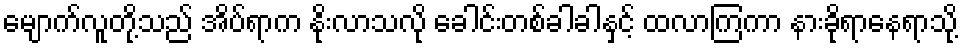
မျောက်လူတို့သည် အိပ်ရာက နိုးလာသလို ခေါင်းတစ်ခါခါနှင့် ထလာကြကာ နားခိုရာနေရာသို့